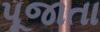
પૂજાતા